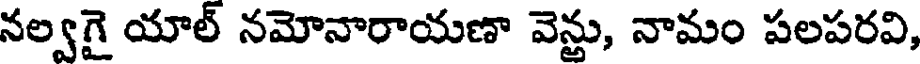
నల్వగై యాల్ నమోనారాయణా వెన్ఱు, నామం పలపరవి,